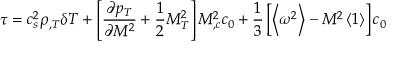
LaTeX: \tau = c _ { s } ^ { 2 } \rho _ { , T } \delta T + \left[ \frac { \partial p _ { T } } { \partial M ^ { 2 } } + \frac 1 2 M _ { T } ^ { 2 } \right] M _ { , c } ^ { 2 } c _ { 0 } + \frac 1 3 \left[ \left\langle \omega ^ { 2 } \right\rangle - M ^ { 2 } \left\langle 1 \right\rangle \right] c _ { 0 }